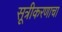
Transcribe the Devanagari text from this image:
सूत्रीकरणाचा